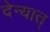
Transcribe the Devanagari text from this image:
देन्यात्